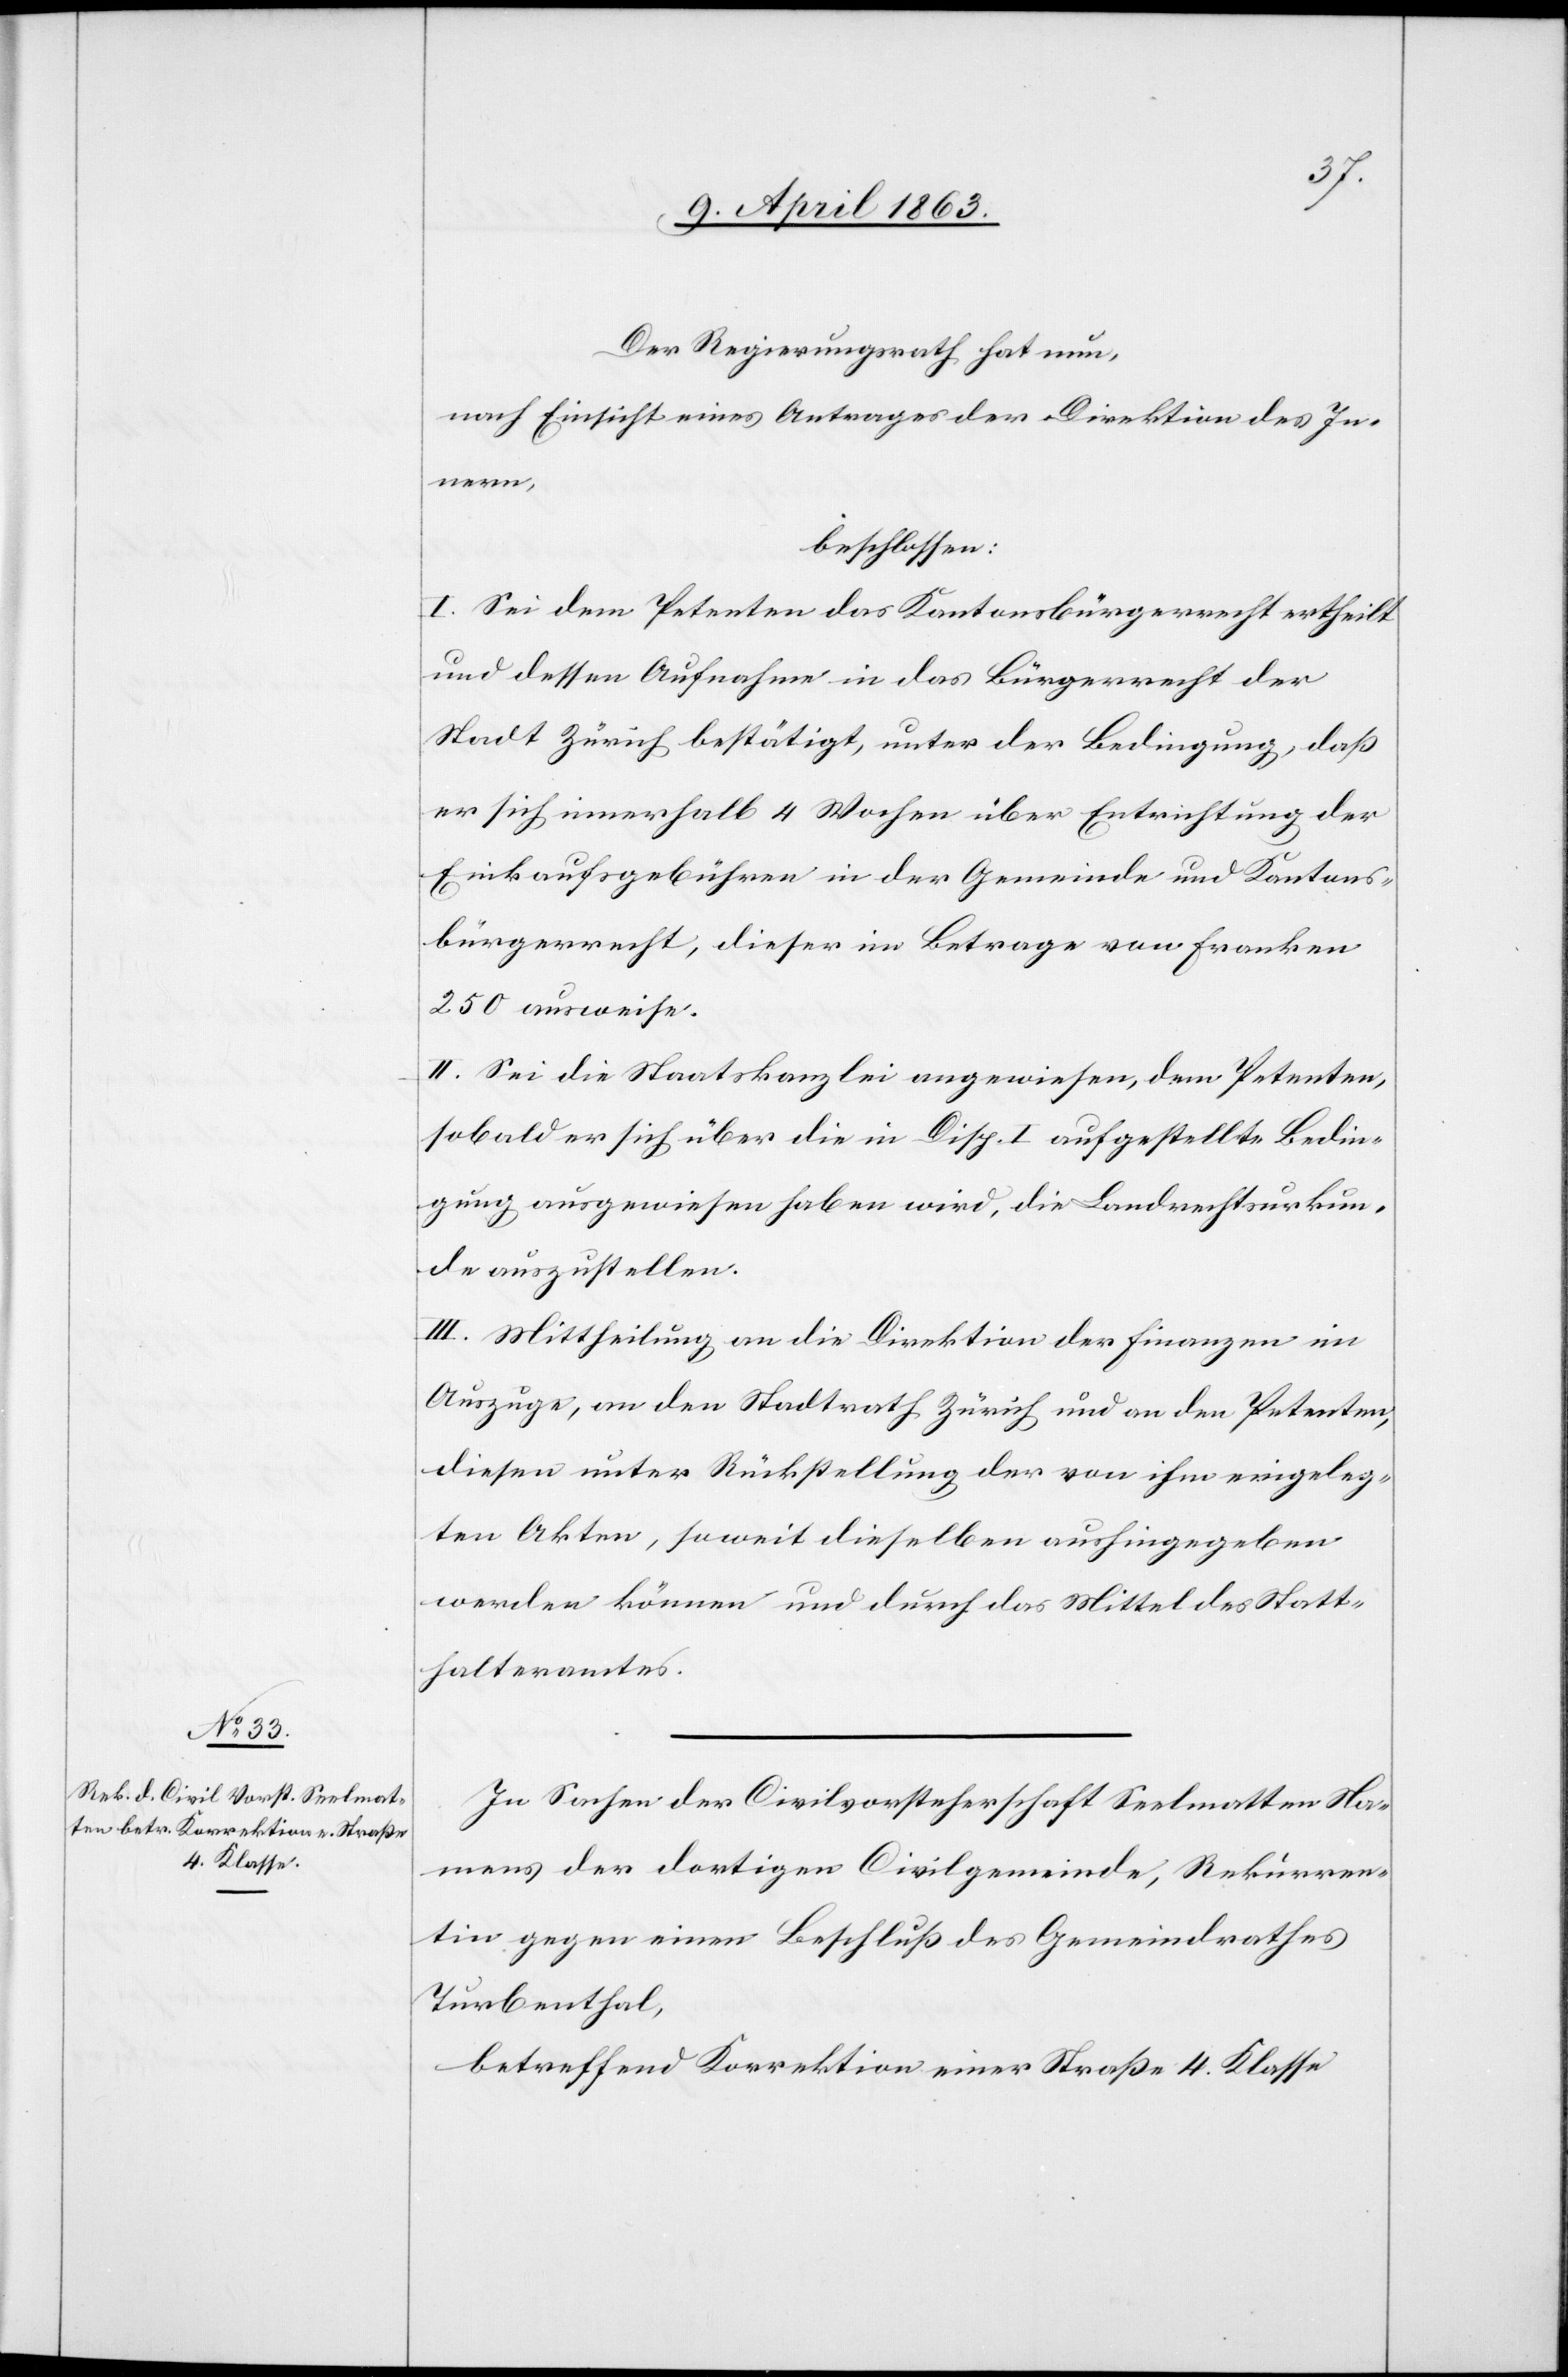
Der Regierungsrath hat nun,
nach Einsicht eines Antrages der Direktion des In¬
nern,
beschlossen:
I. Sei dem Petenten das Kantonsbürgerrecht ertheilt
und dessen Aufnahme in das Bürgerrecht der
Stadt Zürich bestätigt, unter der Bedingung, daß
er sich innerhalb 4 Wochen über Entrichtung der
Einkaufsgebühren in der Gemeinde und Kantons¬
bürgerrecht, dieser im Betrage von Franken
250 ausweise.
II. Sei die Staatskanzlei angewiesen, dem Petenten,
sobald er sich über die in Disp. I aufgestellte Bedin¬
gung ausgewiesen haben wird, die Landrechtsurkun¬
de auszustellen.
III. Mittheilung an die Direktion der Finanzen im
Auszuge, an den Stadtrath Zürich und an den Petenten,
diesen [sic!] unter Rückstellung der von ihm eingeleg¬
ten Akten, soweit dieselben aushingegeben
werden können und durch das Mittel des Statt¬
halteramtes.
In Sachen der Civilvorsteherschaft Seelmatten Na¬
mens der dortigen Civilgemeinde, Rekurren¬
tin gegen einen Beschluß des Gemeindrathes
Turbenthal,
betreffend Korrektion einer Straße 4. Klasse